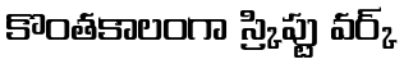
కొంతకాలంగా స్క్రిప్టు వర్క్